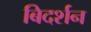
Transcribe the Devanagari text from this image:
बिदर्शन